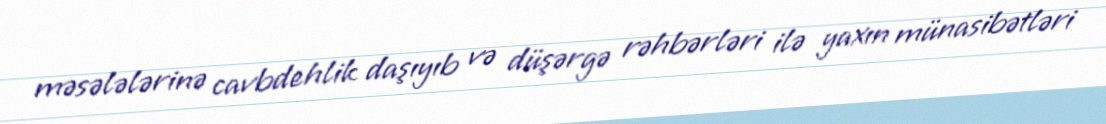
məsələlərinə cavbdehlik daşıyıb və düşərgə rəhbərləri ilə yaxın münasibətləri